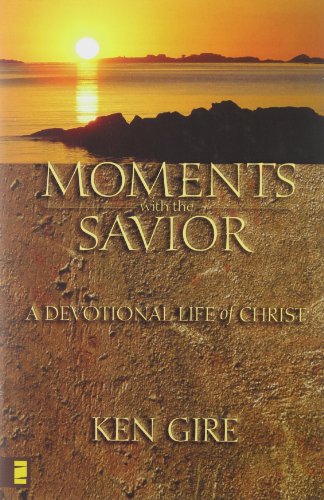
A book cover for Moments with the Savior: A Devotional Life of Christ; Ken Gire; Christian Books & Bibles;